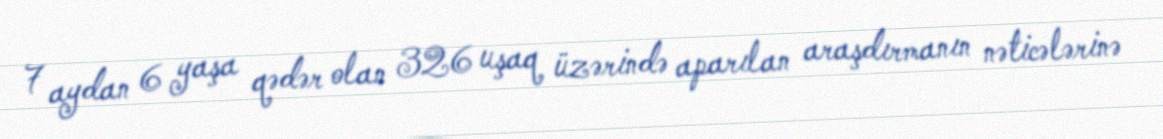
7 aydan 6 yaşa qədər olan 326 uşaq üzərində aparılan araşdırmanın nəticələrinə